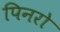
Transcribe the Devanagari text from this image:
पिनरो